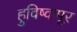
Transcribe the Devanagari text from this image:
हुविष्कपूर